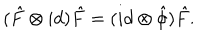
LaTeX: ( \hat { F } \otimes i d ) \hat { F } = ( i d \otimes { \hat { \phi } } ) \hat { F } .